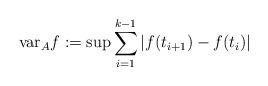
LaTeX: \begin{align*}{\rm var}_A f := \sup \sum^{k-1}_{i=1} |f(t_{i+1}) - f(t_{i})| \end{align*}